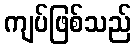
ကျပ်ဖြစ်သည်